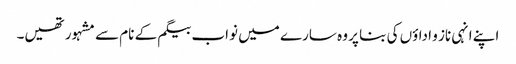
اپنے انہی ناز و اداؤں کی بنا پر وہ سارے میں نواب بیگم کے نام سے مشہور تھیں۔